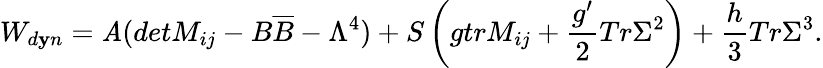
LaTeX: W_{d\mathbf{y}n}=\mathit{A}(detM_{ij}-B\overline{{{{B}}}}-\Lambda^{4})+S\left(gtrM_{ij}+\frac{{g^{\prime}}}{{2}}Tr\Sigma^{2}\right)+\frac{{h}}{{3}}Tr\Sigma^{3}.